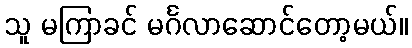
သူ မကြာခင် မင်္ဂလာဆောင်တော့မယ်။